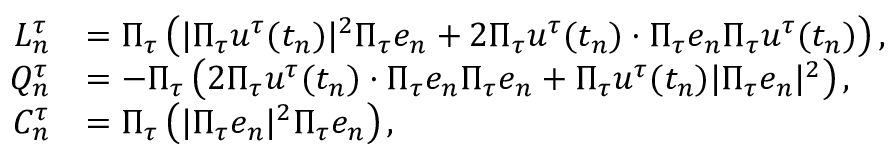
\begin{array} { r l } { L _ { n } ^ { \tau } } & { = \Pi _ { \tau } \left( | \Pi _ { \tau } u ^ { \tau } ( t _ { n } ) | ^ { 2 } \Pi _ { \tau } e _ { n } + 2 \Pi _ { \tau } u ^ { \tau } ( t _ { n } ) \cdot \Pi _ { \tau } e _ { n } \Pi _ { \tau } u ^ { \tau } ( t _ { n } ) \right) , } \\ { Q _ { n } ^ { \tau } } & { = - \Pi _ { \tau } \left( 2 \Pi _ { \tau } u ^ { \tau } ( t _ { n } ) \cdot \Pi _ { \tau } e _ { n } \Pi _ { \tau } e _ { n } + \Pi _ { \tau } u ^ { \tau } ( t _ { n } ) | \Pi _ { \tau } e _ { n } | ^ { 2 } \right) , } \\ { C _ { n } ^ { \tau } } & { = \Pi _ { \tau } \left( | \Pi _ { \tau } e _ { n } | ^ { 2 } \Pi _ { \tau } e _ { n } \right) , } \end{array}